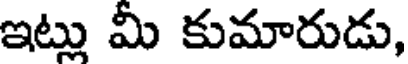
ఇట్లు మీ కుమారుడు,